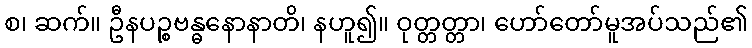
စ၊ ဆက်။ ဦနပဉ္စဗန္ဓနောနာတိ၊ နဟူ၍။ ဝုတ္တတ္တာ၊ ဟော်တော်မူအပ်သည်၏